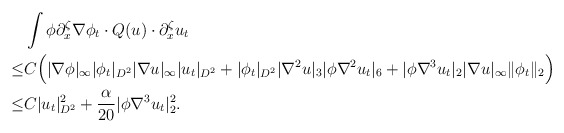
\begin{align*}&\int \phi \partial^\zeta_x \nabla \phi_t \cdot Q(u)\cdot \partial^\zeta_x u_t\\\leq& C\Big(|\nabla \phi|_\infty|\phi_t|_{D^2}|\nabla u|_\infty|u_t|_{D^2}+|\phi_t|_{D^2}|\nabla^2u|_{3}|\phi \nabla^2 u_t|_6+|\phi\nabla^3 u_t|_2|\nabla u|_\infty\|\phi_t\|_2\Big)\\\leq & C| u_t|^2_{D^2}+\frac{\alpha}{20}|\phi\nabla^3 u_t|^2_2.\end{align*}